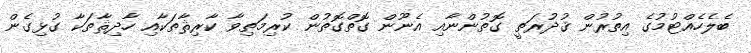
ބެލެހެއްޓުމުގެ އިތުރުން ޤުދުރަތީ ގޮތުންނާއި އެނޫން ގޮތްގޮތުން ކުރިމަތިވާ ކާރިޘާތަކާއި ހާދިޘާތަކާ ގުޅިގެން